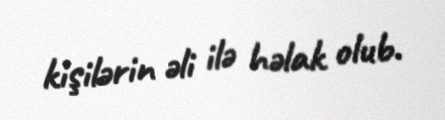
kişilərin əli ilə həlak olub.